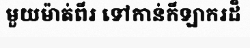
មួយម៉ាត់ពីរ ទៅកាន់កីឡាករដ៏